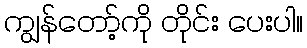
ကျွန်တော့်ကို တိုင်း ပေးပါ။